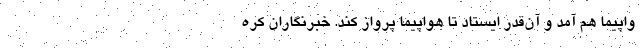
واپیما هم آمد و آن‌قدر ایستاد تا هواپیما پرواز کند. خبرنگاران کره